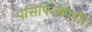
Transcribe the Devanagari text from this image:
पॅसिफिकपर्यंत